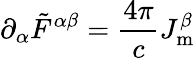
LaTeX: \partial_{\alpha}{{\tilde{F}}^{\alpha\beta}}={\frac{4\pi}{c}}J_{\mathrm{m}}^{\beta}